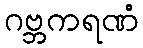
ဂဗ္ဘကရဏံ